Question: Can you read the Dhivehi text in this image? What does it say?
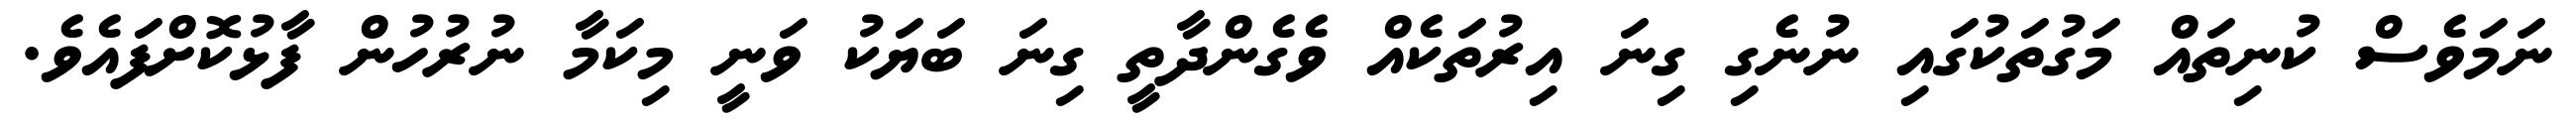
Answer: ނަމަވެސް ކުނިތައް މަގުތަކުގައި ނުނެގި ގިނަ އިރުތަކެއް ވެގެންދާތީ ގިނަ ބަޔަކު ވަނީ މިކަމާ ނުރުހުން ފާޅުކޮށްފައެވެ.